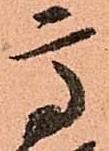
高